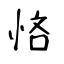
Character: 悋